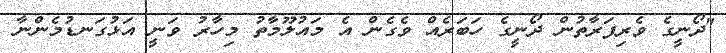
"ދޯނީގެ ވެރިފަރާތުން ދޯނީގެ ހަބަރެއް ވެގެން އެ މައުލޫމާތު މިހާރު ވަނީ އަޅުގަނޑުމެންނާ